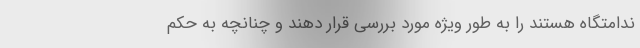
ندامتگاه هستند را به طور ویژه مورد بررسی قرار دهند و چنانچه به حکم